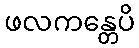
ဖလကန္တေပိ